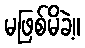
မဖြစ်မိခဲ့။